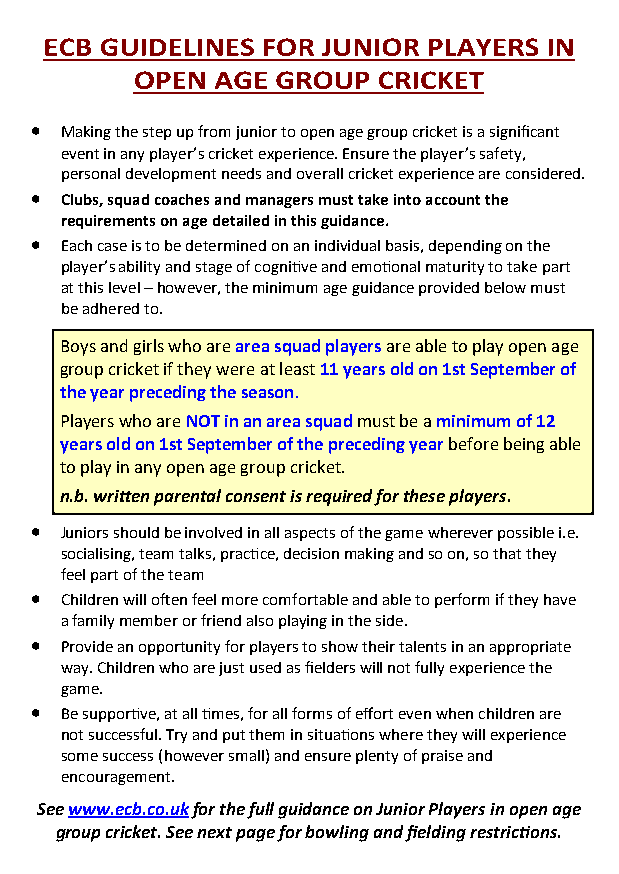
• Making the step up from junior to open age group cricket is a significant
 event in any player’s cricket experience. Ensure the player’s safety,
 personal development needs and overall cricket experience are considered.
 • Clubs, squad coaches and managers must take into account the
 requirements on age detailed in this guidance.
 • Each case is to be determined on an individual basis, depending on the
 player’s ability and stage of cognitive and emotional maturity to take part
 at this level – however, the minimum age guidance provided below must
 be adhered to.
 Boys and girls who are area squad players are able to play open age
 group cricket if they were at least 11 years old on 1st September of
 the year preceding the season.
 Players who are NOT in an area squad must be a minimum of 12
 years old on 1st September of the preceding year before being able
 to play in any open age group cricket.
 n.b. written parental consent is required for these players.
 • Juniors should be involved in all aspects of the game wherever possible i.e.
 socialising, team talks, practice, decision making and so on, so that they
 feel part of the team
 • Children will often feel more comfortable and able to perform if they have
 a family member or friend also playing in the side.
 • Provide an opportunity for players to show their talents in an appropriate
 way. Children who are just used as fielders will not fully experience the
 game.
 • Be supportive, at all times, for all forms of effort even when children are
 not successful. Try and put them in situations where they will experience
 some success (however small) and ensure plenty of praise and
 encouragement.
 See www.ecb.co.uk for the full guidance on Junior Players in open age
 group cricket. See next page for bowling and fielding restrictions.